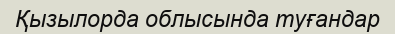
Қызылорда облысында туғандар